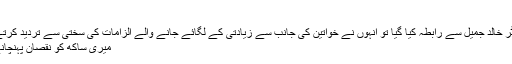
واقع بارے چوکی
انچارج سب انسپکٹر خالد جمیل سے رابطہ کیا گیا تو انہوں نے خواتین کی جانب سے زیادتی کے لگائے جانے والے الزامات کی سختی سے تردید کرتے ہوئے کہا کہ یہ
میری ساکھ کو نقصان پہنچانے کی سازش ہے۔